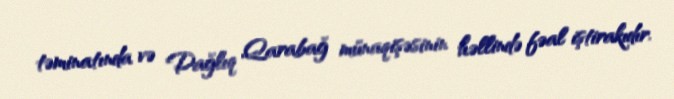
təminatında və Dağlıq Qarabağ münaqişəsinin həllində fəal iştirakıdır.